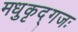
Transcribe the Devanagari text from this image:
मधुकृद्गजः